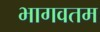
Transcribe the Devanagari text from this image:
भागवतम